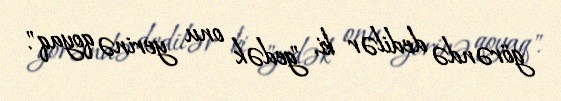
görəndə dedilər ki, "gedək onu yerinə qoyaq".